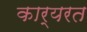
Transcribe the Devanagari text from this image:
कार्यरत